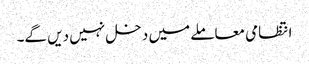
انتظامی معاملے میں دخل نہیں دیں گے۔